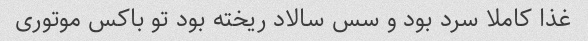
غذا کاملا سرد بود و سس سالاد ریخته بود تو باکس موتوری